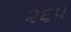
૨૬૫